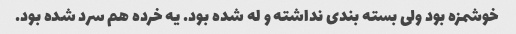
خوشمزه بود ولی بسته بندی نداشته و له شده بود. یه خرده هم سرد شده بود.